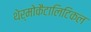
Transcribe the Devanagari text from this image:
थेर्मोकैटालिटिकल